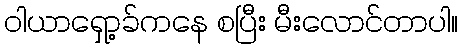
ဝါယာရှော့ခ်ကနေ စပြီး မီးလောင်တာပါ။